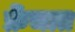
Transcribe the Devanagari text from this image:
फ्रेंचात